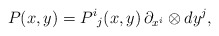
\begin{align*}P(x,y) = P^i{}_j(x,y)\, \partial_{x^i} \otimes dy^j,\end{align*}